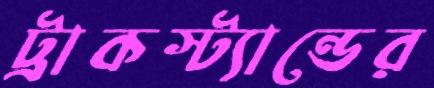
ট্রাকস্ট্যান্ডের